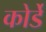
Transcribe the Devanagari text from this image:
कोर्डे